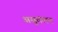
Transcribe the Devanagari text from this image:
असुतंलन